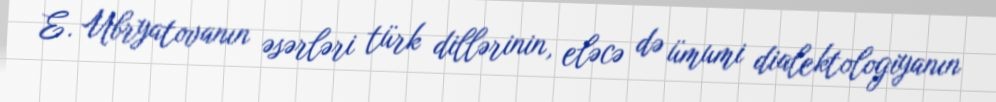
E. Ubryatovanın əsərləri türk dillərinin, eləcə də ümumi dialektologiyanın